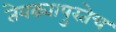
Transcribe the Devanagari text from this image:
तेवढ्यापुरतेच